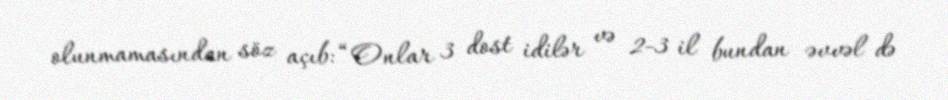
olunmamasından söz açıb: “Onlar 3 dost idilər və 2-3 il bundan əvvəl də